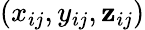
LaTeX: (x_{ij},y_{ij},\mathbf{z}_{ij})